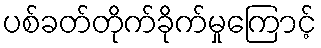
ပစ်ခတ်တိုက်ခိုက်မှုကြောင့်